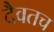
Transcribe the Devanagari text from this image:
दैवतच